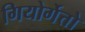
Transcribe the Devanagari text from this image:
गियोर्गेत्तो